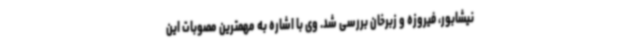
نیشابور، فیروزه و زبرخان بررسی شد. وی با اشاره به مهمترین مصوبات این